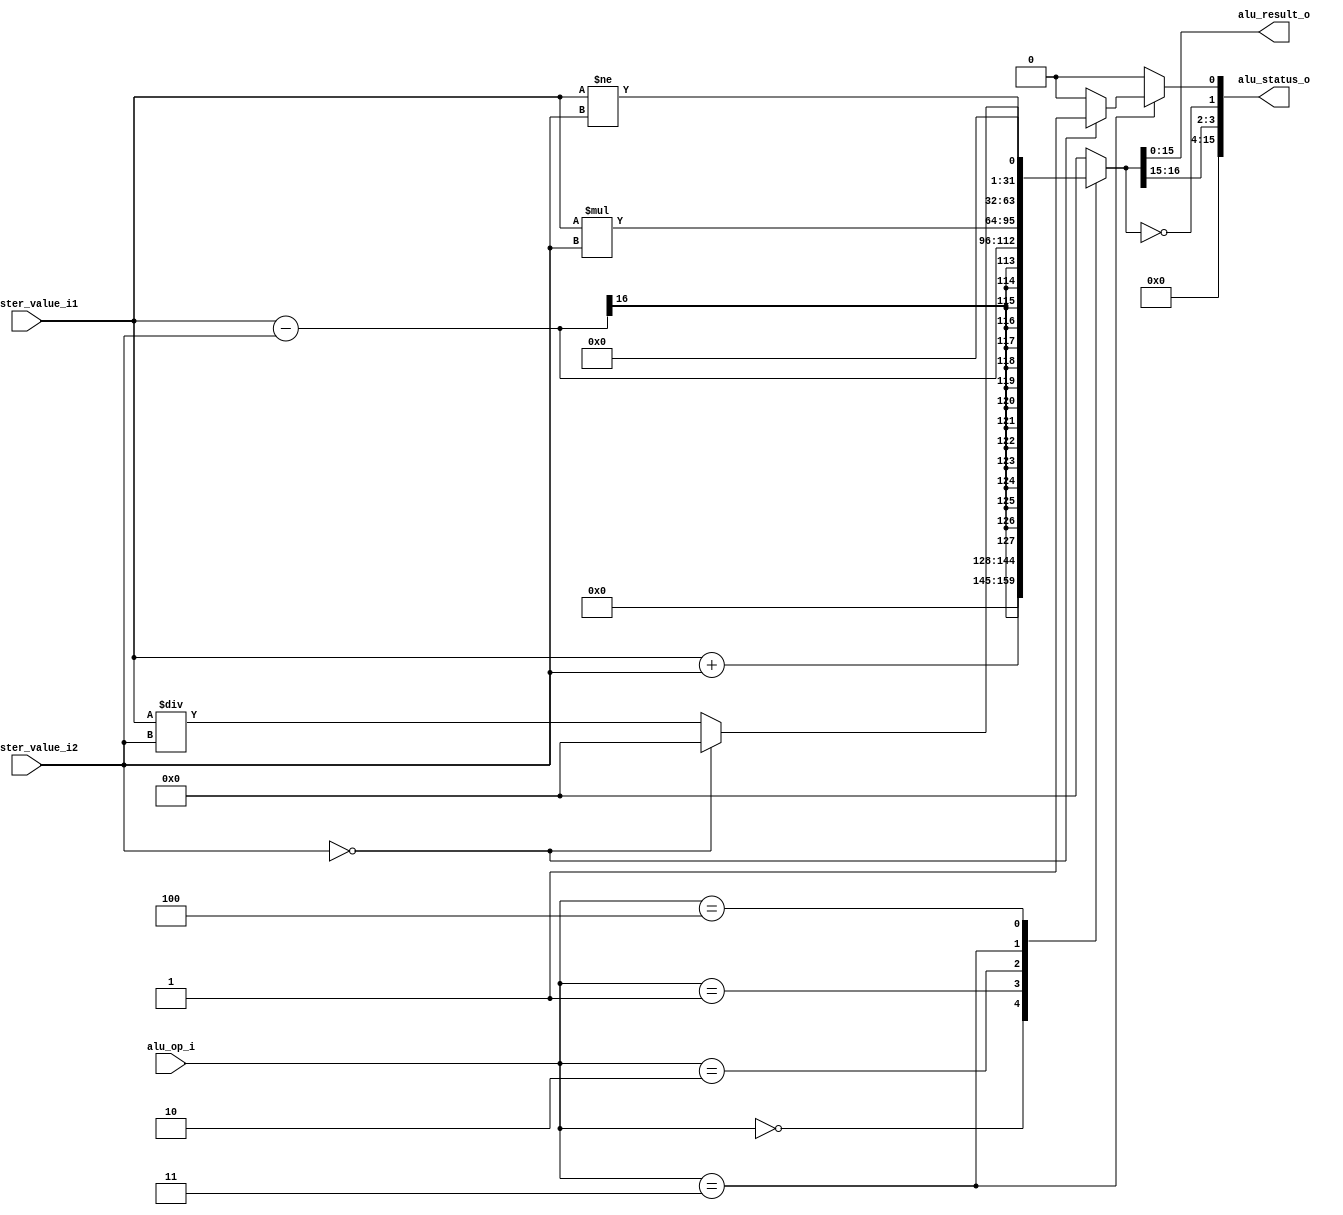
module alu #(
    parameter                              DATA_WIDTH       = 16,    // Width for data in registers and instructions.
    parameter                              ALU_OP_WIDTH     = 3    // Bits reserved for identification of alu operation
) (
    // Interface: cpu_system
    input          [ALU_OP_WIDTH-1:0]   alu_op_i,
    input          [DATA_WIDTH-1:0]     register_value_i1,
    input          [DATA_WIDTH-1:0]     register_value_i2,
    output reg     [DATA_WIDTH-1:0]     alu_result_o,
    output reg     [DATA_WIDTH-1:0]     alu_status_o
);

// WARNING: EVERYTHING ON AND ABOVE THIS LINE MAY BE OVERWRITTEN BY KACTUS2!!!
    // The available operations.
    parameter [ALU_OP_WIDTH-1:0]
        OP_PLUS         = 3'b000, 
        OP_MINUS        = 3'b001, 
        OP_MUL          = 3'b010, 
        OP_DIV          = 3'b011, 
        OP_CMP          = 3'b100;

    // The available status bits.
    parameter [1:0]
        C_OUT           = 2'd3, 
        NEGATIVE        = 2'd2,
        ZERO            = 2'd1, 
        DIV_ZERO        = 2'd0;
        
    // Result of the operation.
    reg [DATA_WIDTH*2-1:0] operation_result;
    // 1 = Division with zero attempted.
    integer div_zero;
        
    always @* begin
        // By default, it did not happen.
        div_zero = 0;
    
        // Select a case depending on operation. Most are pretty straightforward execution.
        case(alu_op_i)
            OP_PLUS: operation_result <= register_value_i1 + register_value_i2;
            OP_MINUS: operation_result <= register_value_i1 - register_value_i2;
            OP_MUL: operation_result <= register_value_i1 * register_value_i2;
            OP_DIV: begin
                if (register_value_i2 == 0) begin
                    // Tried division by zero. Also result is then zero.
                    operation_result <= 0;
                    div_zero = 1;
                end
                else begin
                    operation_result <= register_value_i1 / register_value_i2;
                end
            end
            OP_CMP : operation_result <= register_value_i1 != register_value_i2;
            default: begin
                // Unsupported opcode -> Result is zero.
                $display("ERROR: Unknown ALU operation: %d", alu_op_i);
                operation_result <= 0;
            end
        endcase
        
        // Output the result.
        alu_result_o <= operation_result[DATA_WIDTH-1:0];
        
        // Undefined status bits are always zero.
        alu_status_o[DATA_WIDTH-1:C_OUT+1] = 0;
        // Carry out is always the least significant overflow bit.
        alu_status_o[C_OUT] = operation_result[DATA_WIDTH];
        // If applicable, the most significant output bit is the sign.
        alu_status_o[NEGATIVE] = operation_result[DATA_WIDTH-1];
        // Zero bit should be obvious.
        alu_status_o[ZERO] = (operation_result == 0);
        // Division by zero is was resolved earlier.
        alu_status_o[DIV_ZERO] = div_zero;
    end
endmodule